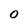
Character: O